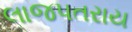
લાજપતરાય